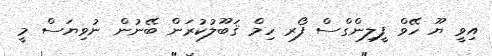
އިވީ ޔޫ ހޭވް ފީލިންގްސް ފޯރ ހިމް ޤަބޫލުކުރަން ބޭނުން ނުވިޔަސް މީ